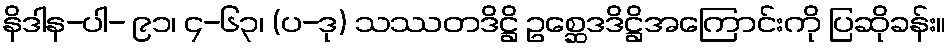
နိဒါန-ပါ- ၉၁၊ ၄-၆၃၊ (ပ-ဒု) သဿတဒိဋ္ဌိ ဥစ္ဆေဒဒိဋ္ဌိအကြောင်းကို ပြဆိုခန်း။